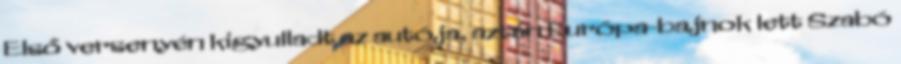
Első versenyén kigyulladt az autója, aztán Európa-bajnok lett Szabó